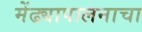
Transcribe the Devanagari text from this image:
मेंढ्यापालनाचा